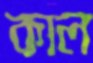
কাল